Vaccine operations Central Provinces 1886-1899 - 1886-1899
Year: 1886
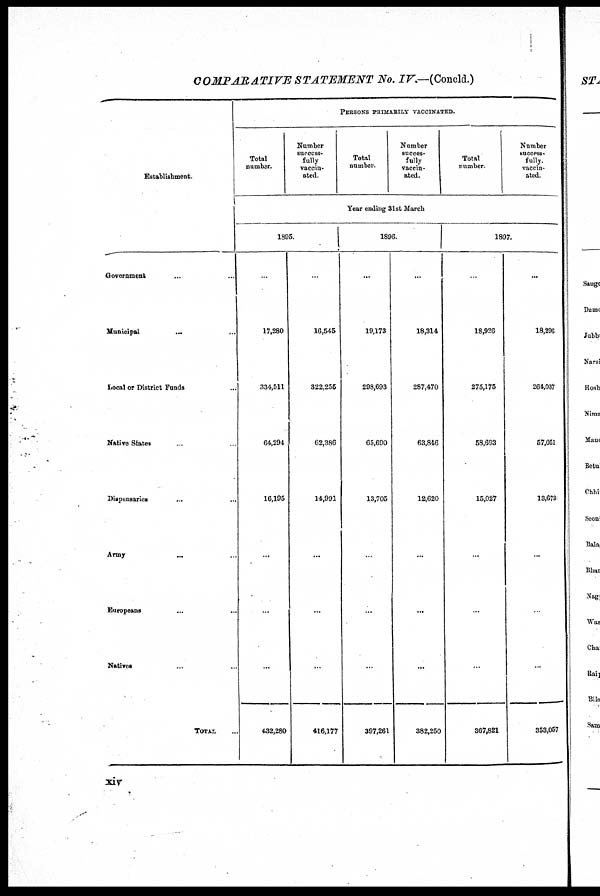
COMPARATIVE STATEMENT No. IV.—(Concld.)
Establishment.
Government ... ...
Municipal ... ...
Local or District Funds ...
Native States ... ...
Dispensaries ... ...
Army ... ...
Europeans ... ...
Natives ... ...
TOTAL ...
PERSONS PRIMARILY VACCINATED.
Total
number.
Number
success-
fully
vaccin-
ated.
Total
number.
Number
succes¬
fully
vaccin-
ated.
Total
number.
Number
success-
fully
vaccin-
ated.
Year ending 31st March
1895.
...
17,280
334,511
64,294
16,195
...
...
...
432,280
...
16,545
322,255
62,386
14,991
...
...
...
416,177
1896.
...
19,173
298,693
65,690
13,705
...
...
...
397,261
...
18,314
287,470
63,846
12,620
...
...
...
382,250
1897.
...
18,926
275,175
58,693
15,027
...
...
...
367,821
...
18,296
264,037
57,051
13,673
...
...
...
353,057
xiv